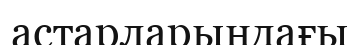
астарларындағы